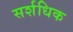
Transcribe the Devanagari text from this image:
सर्शधिक